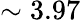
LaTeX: \sim 3.97